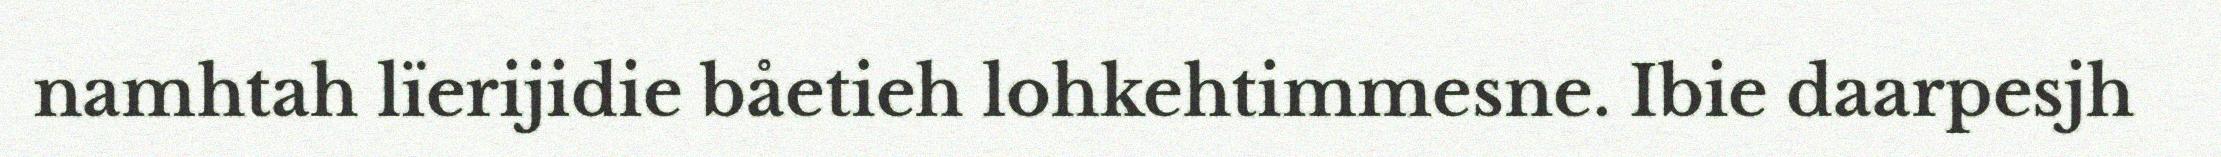
namhtah lïerijidie båetieh lohkehtimmesne. Ibie daarpesjh